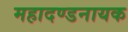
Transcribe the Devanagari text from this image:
महादण्डनायक